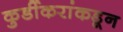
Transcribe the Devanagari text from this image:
कुर्डीकरांकडून